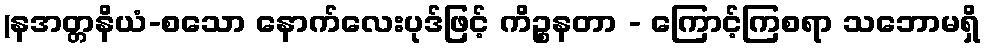
(နအတ္တနိယံ-စသော နောက်လေးပုဒ်ဖြင့် ကိဉ္စနတာ - ကြောင့်ကြစရာ သဘောမရှိ